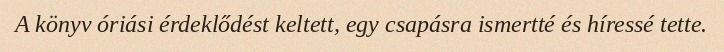
A könyv óriási érdeklődést keltett, egy csapásra ismertté és híressé tette.